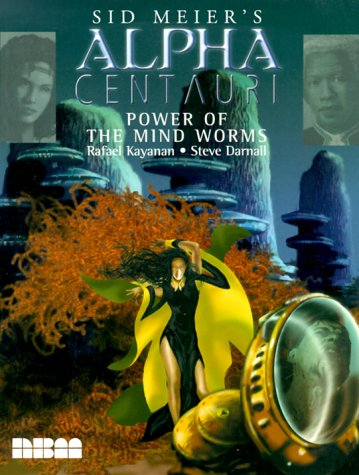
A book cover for Sid Meier's Alpha Centauri: Power of the Mind Worms; Rafael Kayanan; Romance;